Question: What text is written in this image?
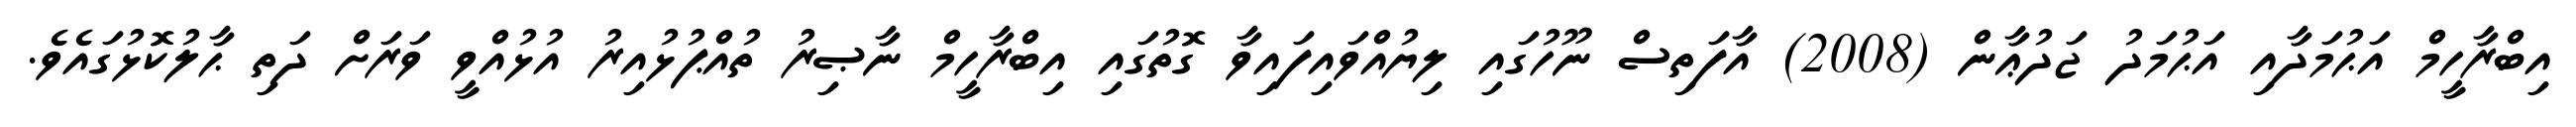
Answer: އިބްރާހީމް އަޙުމަދާއި އަޙުމަދު ޖަދުޢާން (2008) އާފަތިސް ނޫހުގައި ލިޔުއްވައިފައިވާ ގޮތުގައި އިބްރާހީމް ނާޞިރު ތުއްޕުޅުއިރު އުޅުއްވީ ވަރަށް ދަތި ޙާލުކޮޅުގައެވެ.